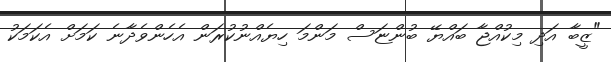
"ޒީބާ އަދި މިކުއްޖާ ބައްޔޭ ބުންޏަސް މަންމަ ހިޔެއްނުކުރަން އެހެންވެދާނެ ކަމަށް އެކަމަކު